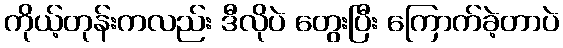
ကိုယ့်တုန်းကလည်း ဒီလိုပဲ တွေးပြီး ကြောက်ခဲ့တာပဲ